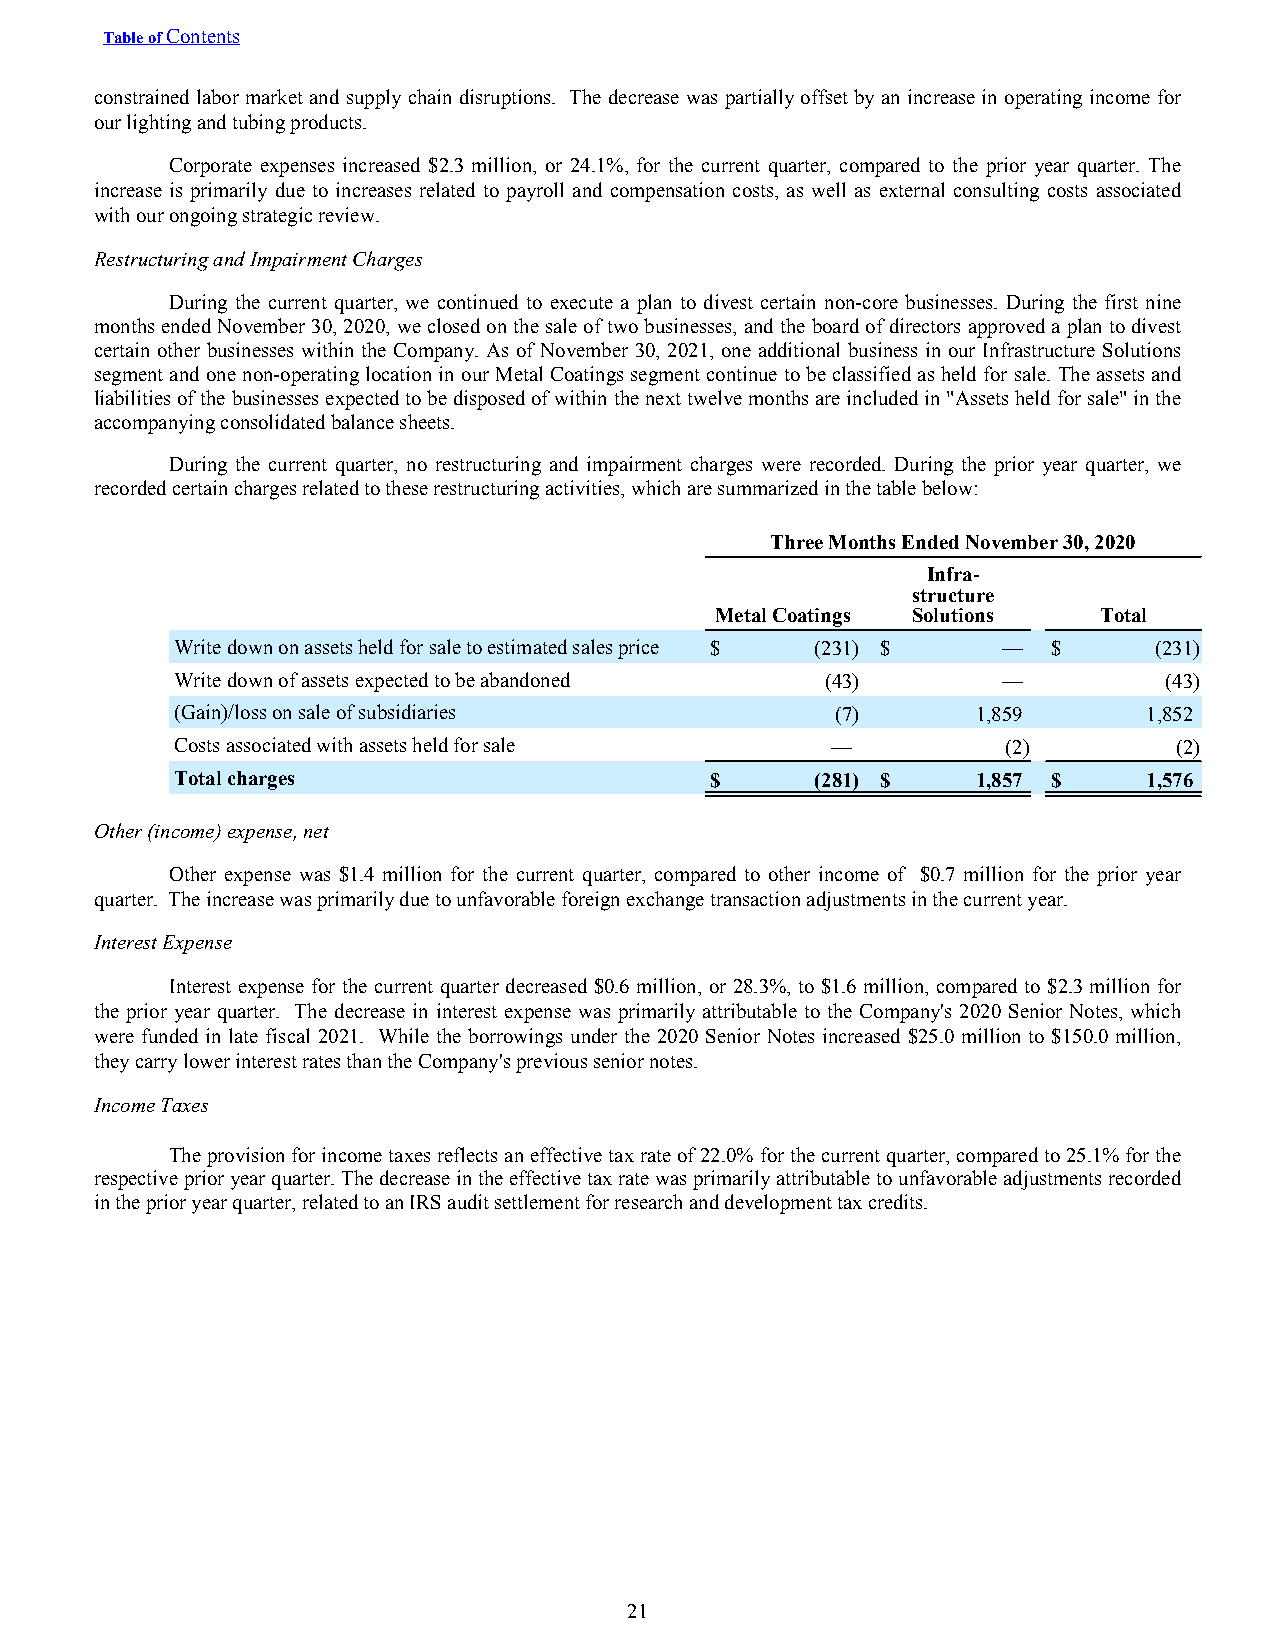
Table of Contents
 constrained labor market and supply chain disruptions. The decrease was partially offset by an increase in operating income for
 our lighting and tubing products.
 Corporate expenses increased $2.3 million, or 24.1%, for the current quarter, compared to the prior year quarter. The
 increase is primarily due to increases related to payroll and compensation costs, as well as external consulting costs associated
 with our ongoing strategic review.
 Restructuring and Impairment Charges
 During the current quarter, we continued to execute a plan to divest certain non-core businesses. During the first nine
 months ended November 30, 2020, we closed on the sale of two businesses, and the board of directors approved a plan to divest
 certain other businesses within the Company. As of November 30, 2021, one additional business in our Infrastructure Solutions
 segment and one non-operating location in our Metal Coatings segment continue to be classified as held for sale. The assets and
 liabilities of the businesses expected to be disposed of within the next twelve months are included in "Assets held for sale" in the
 accompanying consolidated balance sheets.
 During the current quarter, no restructuring and impairment charges were recorded. During the prior year quarter, we
 recorded certain charges related to these restructuring activities, which are summarized in the table below:
 Three Months Ended November 30, 2020
 Infra-
 structure
 Metal Coatings Solutions  Total
 Write down on assets held for sale to estimated sales price $ (231) $ — $ (231)
 Write down of assets expected to be abandoned (43)    —          (43)
 (Gain)/loss on sale of subsidiaries        (7)       1,859      1,852
 Costs associated with assets held for sale —           (2)        (2)
 Total charges                      $      (281) $    1,857 $    1,576
 Other (income) expense, net
 Other expense was $1.4 million for the current quarter, compared to other income of $0.7 million for the prior year
 quarter. The increase was primarily due to unfavorable foreign exchange transaction adjustments in the current year.
 Interest Expense
 Interest expense for the current quarter decreased $0.6 million, or 28.3%, to $1.6 million, compared to $2.3 million for
 the prior year quarter. The decrease in interest expense was primarily attributable to the Company's 2020 Senior Notes, which
 were funded in late fiscal 2021. While the borrowings under the 2020 Senior Notes increased $25.0 million to $150.0 million,
 they carry lower interest rates than the Company's previous senior notes.
 Income Taxes
 The provision for income taxes reflects an effective tax rate of 22.0% for the current quarter, compared to 25.1% for the
 respective prior year quarter. The decrease in the effective tax rate was primarily attributable to unfavorable adjustments recorded
 in the prior year quarter, related to an IRS audit settlement for research and development tax credits.
 21